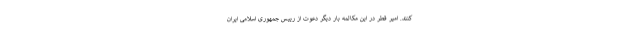
کنند. امیر قطر در این مکالمه بار دیگر دعوت از رییس جمهوری اسلامی ایران